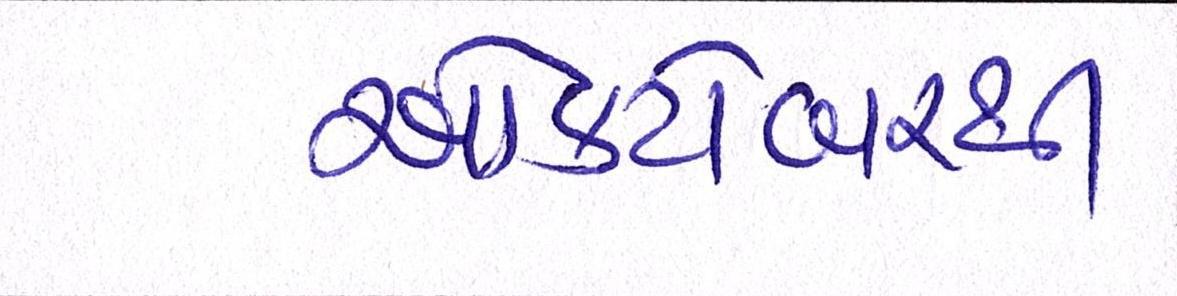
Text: ઓક્ટોબરથી